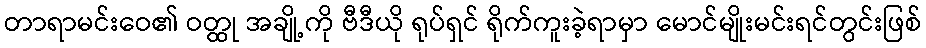
တာရာမင်းဝေ၏ ဝတ္ထု အချို့ကို ဗီဒီယို ရုပ်ရှင် ရိုက်ကူးခဲ့ရာမှာ မောင်မျိုးမင်းရင်တွင်းဖြစ်